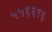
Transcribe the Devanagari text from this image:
५५६६९६